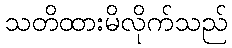
သတိထားမိလိုက်သည်